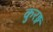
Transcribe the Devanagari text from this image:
कुरङ्ग